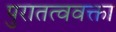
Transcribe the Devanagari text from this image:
पुरातत्ववक्ता